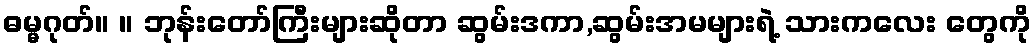
ဓမ္မဂုတ်။ ။ ဘုန်းတော်ကြီးများဆိုတာ ဆွမ်းဒကာ,ဆွမ်းအမများရဲ့ သားကလေး တွေကို